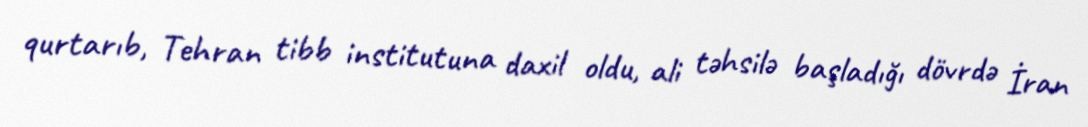
qurtarıb, Tehran tibb institutuna daxil oldu, ali təhsilə başladığı dövrdə İran